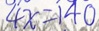
4 x = 1 4 0